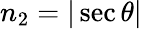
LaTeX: n_{2}=|\sec\theta|